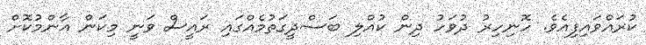
ކުރައްވައިފިއެވެ. ހޮނިހިރު ދުވަހު ދިން ކުއްލި ބަސްދީގަތުމެއްގައި ރައީސް ވަނީ މިކަން އާންމުކޮށް